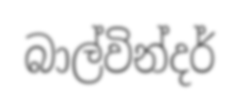
බාල්වින්දර්